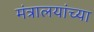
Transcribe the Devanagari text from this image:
मंत्रालयांच्या